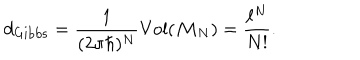
d _ { \mathrm { G i b b s } } = \frac { 1 } { ( 2 \pi \hbar ) ^ { N } } \mathrm { V o l } ( { \cal M } _ { N } ) = \frac { \ell ^ { N } } { N ! } .